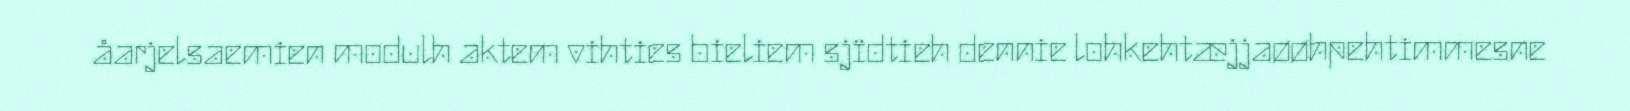
åarjelsaemien modulh aktem vihties bieliem sjïdtieh dennie lohkehtæjjaøøhpehtimmesne